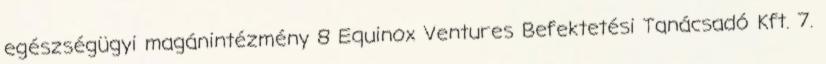
egészségügyi magánintézmény 8 Equinox Ventures Befektetési Tanácsadó Kft. 7.